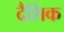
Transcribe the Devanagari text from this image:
दैशिक